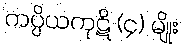
ကပ္ပိယကုဋိ (၄) မျိုး